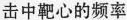
击中靶心的频率